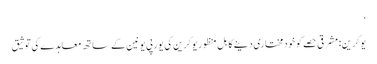
‘
یوکرین: مشرقی حصے کو خودمختاری دینے کا بِل منظور یوکرین کی یورپی یونین کے ساتھ معاہدے کی توثیق